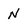
Character: N